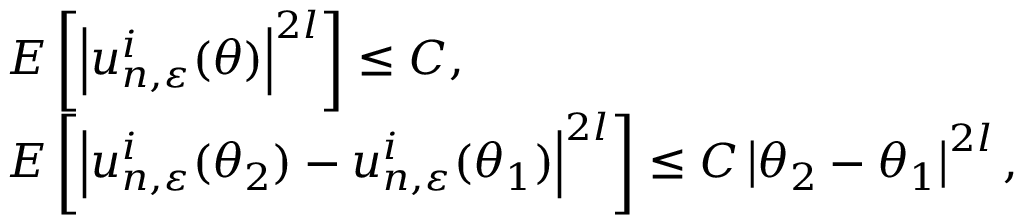
\begin{array} { r l } & { E \left[ \left| u _ { n , \varepsilon } ^ { i } ( \theta ) \right| ^ { 2 l } \right] \leq C , } \\ & { E \left[ \left| u _ { n , \varepsilon } ^ { i } ( \theta _ { 2 } ) - u _ { n , \varepsilon } ^ { i } ( \theta _ { 1 } ) \right| ^ { 2 l } \right] \leq C \left| \theta _ { 2 } - \theta _ { 1 } \right| ^ { 2 l } , } \end{array}